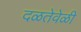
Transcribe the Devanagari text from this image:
दळतेवेळी